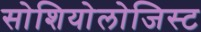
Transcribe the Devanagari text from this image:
सोशियोलोजिस्ट